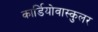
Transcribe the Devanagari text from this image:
कार्डियोवास्कुलर